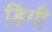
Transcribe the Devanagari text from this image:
डिगी